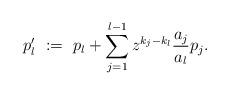
LaTeX: \begin{align*} p_l' \ := \ p_l + \sum_{j = 1}^{l-1} z^{k_j - k_l} \frac{a_j}{a_l} p_j. \end{align*}